Oriental or Dehli sore - Number 13
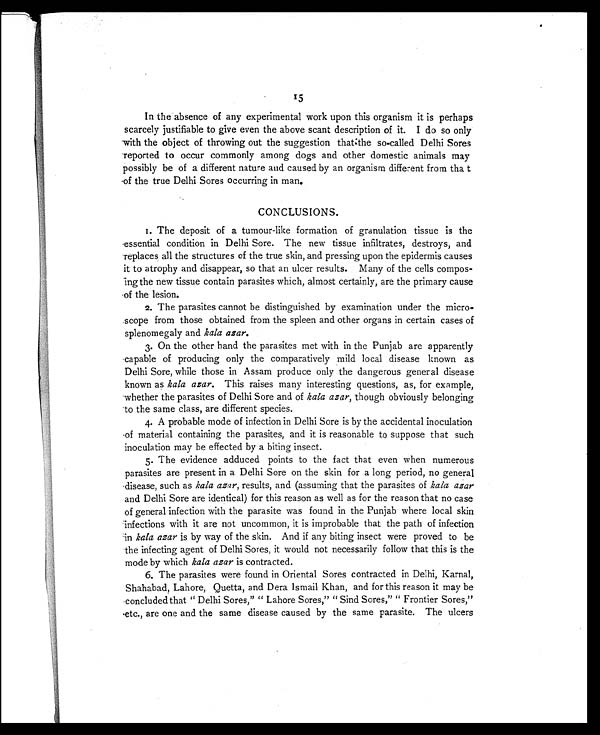
15
In the absence of any experimental work upon this organism it is perhaps
scarcely justifiable to give even the above scant description of it. I do so only
with the object of throwing out the suggestion that the so-called Delhi Sores
reported to occur commonly among dogs and other domestic animals may
possibly be of a different nature and caused by an organism different from that
of the true Delhi Sores occurring in man.
CONCLUSIONS.
1. The deposit of a tumour-like formation of granulation tissue is the
essential condition in Delhi Sore. The new tissue infiltrates, destroys, and
replaces all the structures of the true skin, and pressing upon the epidermis causes
it to atrophy and disappear, so that an ulcer results. Many of the cells compos-
ing the new tissue contain parasites which, almost certainly, are the primary cause
of the lesion.
2. The parasites cannot be distinguished by examination under the micro-
scope from those obtained from the spleen and other organs in certain cases of
splenomegaly and kala azar.
3. On the other hand the parasites met with in the Punjab are apparently
capable of producing only the comparatively mild local disease known as
Delhi Sore, while those in Assam produce only the dangerous general disease
known as kala azar. This raises many interesting questions, as, for example,
whether the parasites of Delhi Sore and of kala azar, though obviously belonging
to the same class, are different species.
4. A probable mode of infection in Delhi Sore is by the accidental inoculation
of material containing the parasites, and it is reasonable to suppose that such
inoculation may be effected by a biting insect.
5. The evidence adduced points to the fact that even when numerous
parasites are present in a Delhi Sore on the skin for a long period, no general
disease, such as kala azar, results, and (assuming that the parasites of kala azar
and Delhi Sore are identical) for this reason as well as for the reason that no case
of general infection with the parasite was found in the Punjab where local skin
infections with it are not uncommon, it is improbable that the path of infection
in kala azar is by way of the skin. And if any biting insect were proved to be
the infecting agent of Delhi Sores, it would not necessarily follow that this is the
mode by which kala azar is contracted.
6. The parasites were found in Oriental Sores contracted in Delhi, Karnal,
Shahabad, Lahore, Quetta, and Dera Ismail Khan, and for this reason it may be
concluded that "Delhi Sores," "Lahore Sores," "Sind Sores," "Frontier Sores,"
etc., are one and the same disease caused by the same parasite. The ulcers